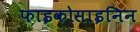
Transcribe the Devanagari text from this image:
फाइकोसाइनिन